Plague in India, 1896, 1897 - Volume 1
Year: 1896
Disease focus: Plague
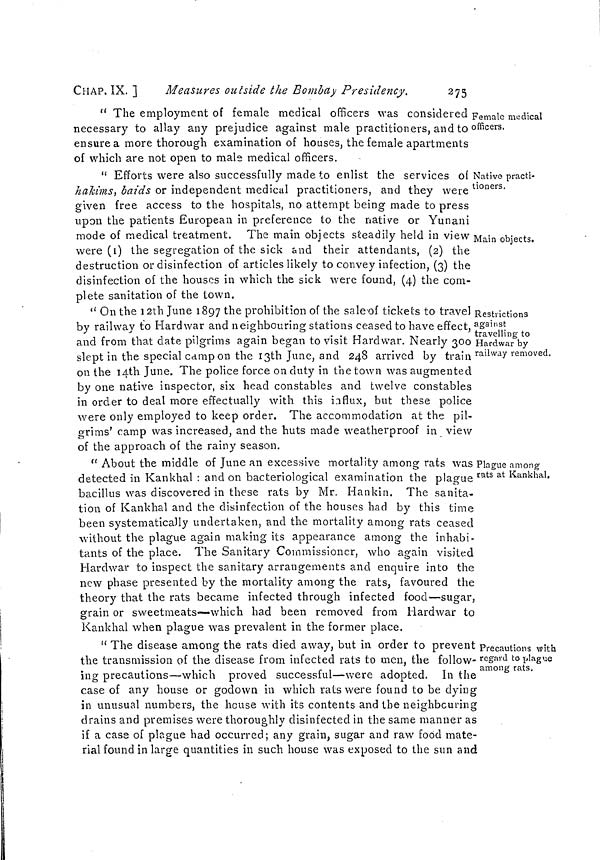
CHAP. IX. ]
Measures outside the Bombay Presidency.
275
Female medical
officers.
" The employment of female medical officers was considered
necessary to allay any prejudice against male practitioners, and to
ensure a more thorough examination of houses, the female apartments
of which are not open to male medical officers.
Native practi-
tioners.
Main objects.
" Efforts were also successfully made to enlist the services of
hakims, baids or independent medical practitioners, and they were
given free access to the hospitals, no attempt being made to press
upon the patients European in preference to the native or Yunani
mode of medical treatment. The main objects steadily held in view
were (1) the segregation of the sick and their attendants, (2) the
destruction or disinfection of articles likely to convey infection, (3) the
disinfection of the houses in which the sick were found, (4) the com-
plete sanitation of the town.
Restrictions
against
travelling to
Hardwar by
railway removed.
" On the 12th June 1897 the prohibition of the sale of tickets to travel
by railway to Hardwar and neighbouring stations ceased to have effect,
and from that date pilgrims again began to visit Hardwar. Nearly 300
slept in the special camp on the 13th June, and 248 arrived by train
on the I4th June. The police force on duty in the town was augmented
by one native inspector, six head constables and twelve constables
in order to deal more effectually with this influx, but these police
were only employed to keep order. The accommodation at the pil-
grims' ramp was increased, and the huts made weatherproof in view
of the approach of the rainy season.
Plague among
rats at Kankhal.
" About the middle of June an excessive mortality among rats was
detected in Kankhal : and on bacteriological examination the plague
bacillus was discovered in these rats by Mr. Hankin. The sanita-
tion of Kankhal and the disinfection of the houses had by this time
been systematically undertaken, and the mortality among rats ceased
without the plague again making its appearance among the inhabi-
tants of the place. The Sanitary Commissioner, who again visited
Hardwar to inspect the sanitary arrangements and enquire into the
new phase presented by the mortality among the rats, favoured the
theory that the rats became infected through infected food—sugar,
grain or sweetmeats—which had been removed from Hardwar to
Kankhal when plague was prevalent in the former place.
Precautions with
regard to plague
among rats.
" The disease among the rats died away, but in order to prevent
the transmission of the disease from infected rats to men, the follow-
ing precautions—which proved successful—were adopted. In the
case of any house or godown in which rats were found to be dying
in unusual numbers, the house with its contents and the neighbouring
drains and premises were thoroughly disinfected in the same manner as
if a case of plague had occurred; any grain, sugar and raw food mate-
rial found in large quantities in such house was exposed to the sun and